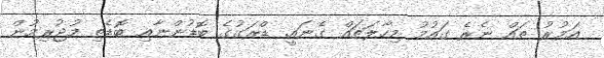
އަމުރު ތައް ނެރެ ގައުމު މިހާލަތައް ގެނައީ. ޑްރަގުގެ ބޮޑުންނާއި ބޮޑެތި މުޖުރިމުން